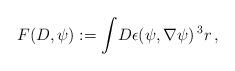
LaTeX: \begin{align*}F(D,\psi) := \int \!D \epsilon(\psi,\nabla\psi)\,^3r\,,\end{align*}